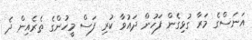
އަނަސްގެ މަރާ ގުޅިގެން ފަހުން ދައުވާ ކުރި ފަސް މީހުންގެ ތެރެއިން ދެ